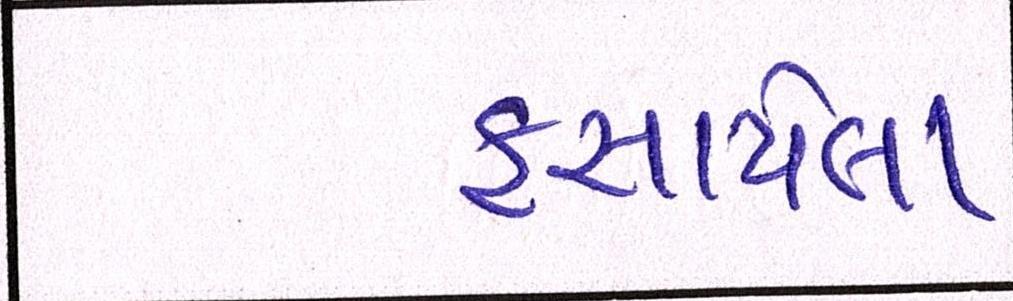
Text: ફસાયેલા